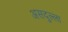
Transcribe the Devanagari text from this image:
असदुल्ला